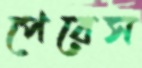
পেরেস